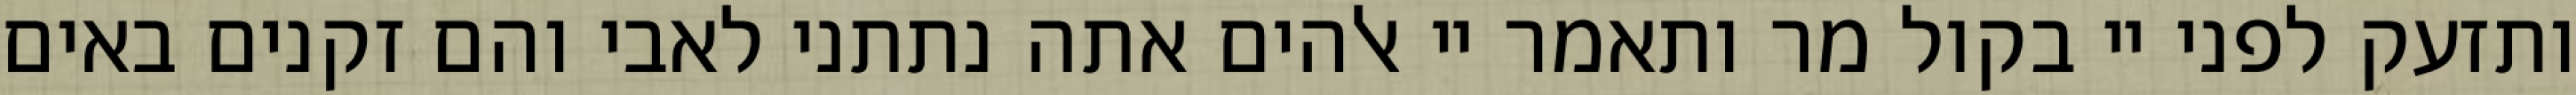
ותזעק לפני יי בקול מר ותאמר יי אלהים אתה נתתני לאבי והם זקנים באים